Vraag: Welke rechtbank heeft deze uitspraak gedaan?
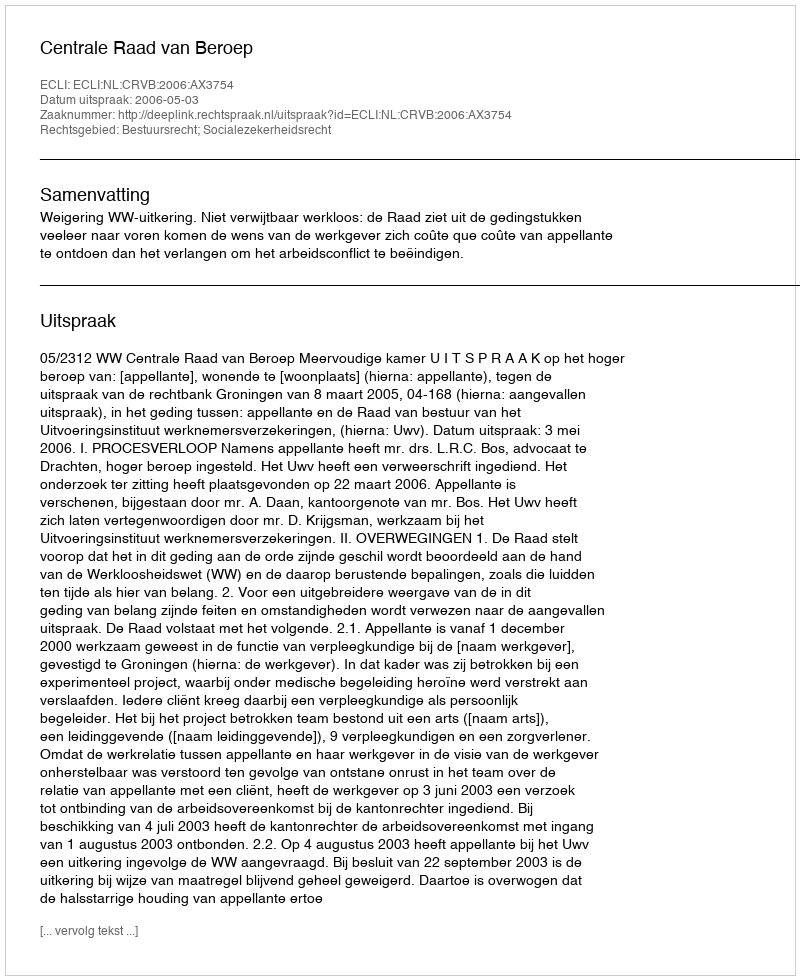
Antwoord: Centrale Raad van Beroep